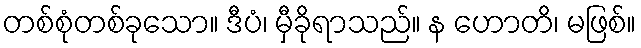
တစ်စုံတစ်ခုသော။ ဒီပံ၊ မှီခိုရာသည်။ န ဟောတိ၊ မဖြစ်။